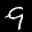
Label: 9